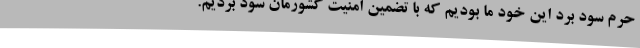
حرم سود برد این خود ما بودیم که با تضمین امنیت کشورمان سود بردیم.